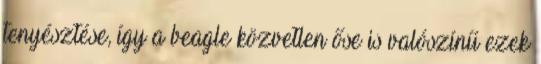
tenyésztése, így a beagle közvetlen őse is valószínű ezek